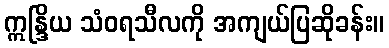
ဣန္ဒြိယ သံဝရသီလကို အကျယ်ပြဆိုခန်း။